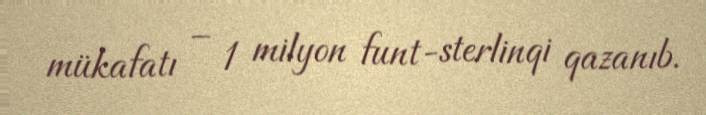
mükafatı – 1 milyon funt-sterlinqi qazanıb.